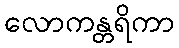
လောကန္တရိကာ